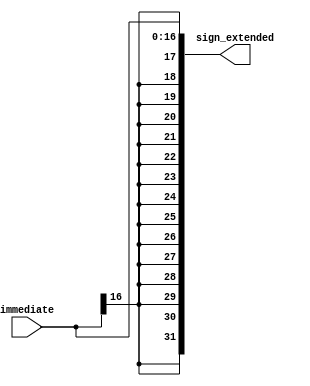
module sx(immediate, sign_extended);

input [16:0] immediate;

output [31:0] sign_extended;

assign sign_extended[16:0] = immediate[16:0];
assign sign_extended[31:17] = {15{immediate[16]}};

endmodule